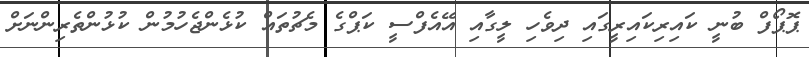
ޕޮޕޯފް ބުނީ ކައިރިކައިރީގައި ދިވެހި ލީގާއި އޭއެފްސީ ކަޕްގެ މެޗުތައް ކުޅެންޖެހުމުން ކުޅުންތެރިންނަށް